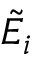
\tilde { E } _ { i }